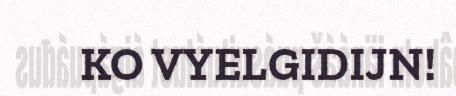
KO VYELGIDIJN!